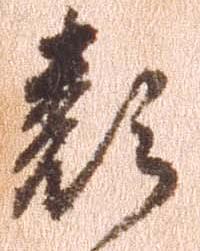
類